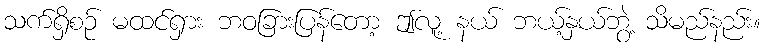
သက်ရှိစဉ် မထင်ရှား ဘဝခြားပြန်တော့ ဤလူ့ နယ် ဘယ့်နှယ်ဘွဲ့ သိမည်နည်း။